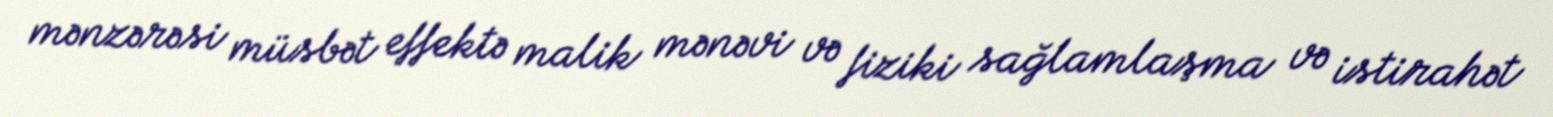
mənzərəsi müsbət effektə malik mənəvi və fiziki sağlamlaşma və istirahət